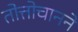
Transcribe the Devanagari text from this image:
तोत्तोचानने